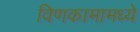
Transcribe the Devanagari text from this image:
विणकामामध्ये